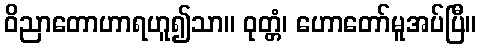
ဝိညာတောဟာရဟူ၍သာ။ ဝုတ္တံ၊ ဟောတော်မူအပ်ပြီ။